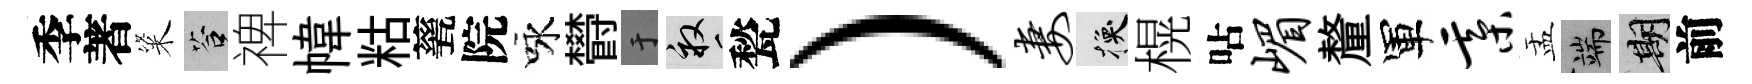
季著粢答禆幃䊀甆院咏欎于畝甃）妻换榥呫嵋釐軍綦盂端期前